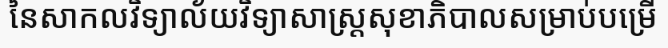
នៃសាកលវិទ្យាល័យវិទ្យាសាស្ត្រសុខាភិបាលសម្រាប់បម្រើ